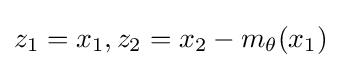
z_{1}=x_{1},z_{2}=x_{2}-m_{\theta }(x_{1})